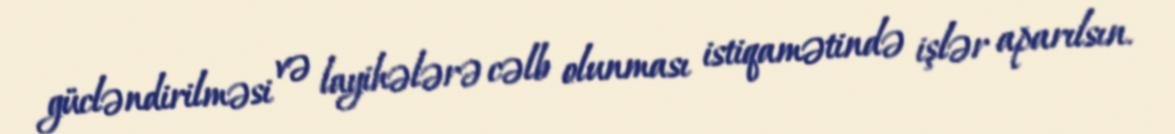
gücləndirilməsi və layihələrə cəlb olunması istiqamətində işlər aparılsın.